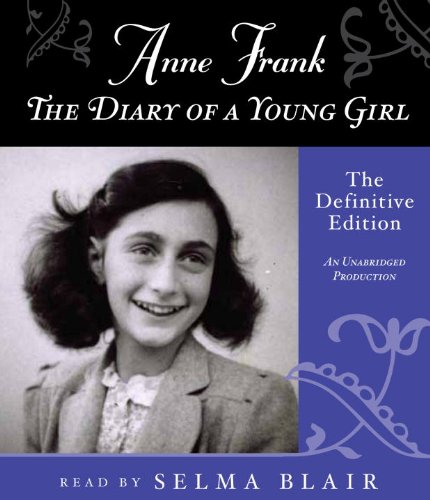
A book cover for Anne Frank: The Diary of a Young Girl: The Definitive Edition; Anne Frank; Teen & Young Adult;